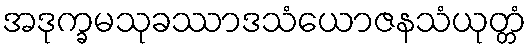
အဒုက္ခမသုခဿာဒသံယောဇနသံယုတ္တံ